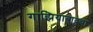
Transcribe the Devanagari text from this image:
गाझियाबादचा